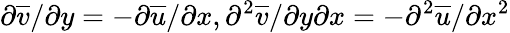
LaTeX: \partial\overline{{{v}}}/{\partial y}=-\partial\overline{{{u}}}/{\partial x},\partial^{2}\overline{{{v}}}/{\partial y\partial x}=-\partial^{2}\overline{{{u}}}/{\partial x^{2}}